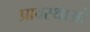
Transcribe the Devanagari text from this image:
प्रावस्थाओ